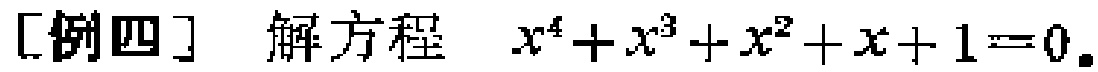
[例四] 解方程 \(x^{4}+x^{3}+x^{2}+x + 1 = 0\)。